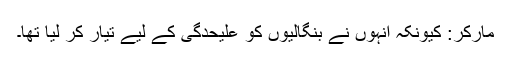
مارکر: کیونکہ انہوں نے بنگالیوں کو علیحدگی کے لیے تیار کر لیا تھا۔